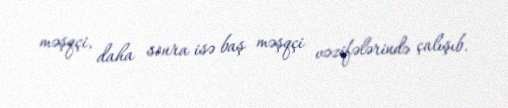
məşqçi, daha sonra isə baş məşqçi vəzifələrində çalışıb.